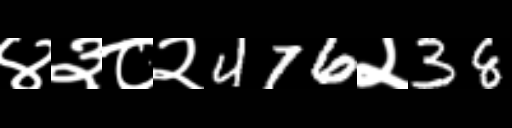
Text: ४३८२476२38